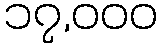
၁၇,၀၀၀